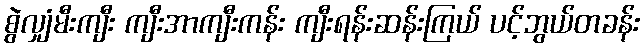
စွဲလျှံမီးကျီး ကျီးအာကျီးကန်း ကျီးရန်းဆန်းကြယ် ပင့်ဘွယ်တခန်း